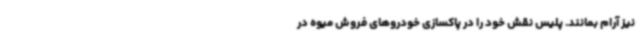
نیز آرام بمانند. پلیس نقش خود را در پاکسازی خودروهای فروش میوه در